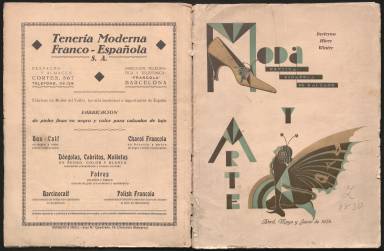
Título: Moda y arte (Ciudadela)
Colección: Moda
Ámbito geográfico: Baleares
Lugar de publicación: Ciudadela (Baleares)
Fechas: 01/04/1934-31/07/1934